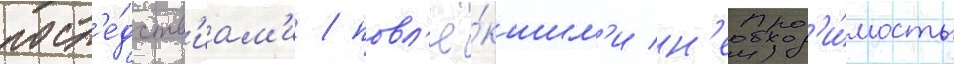
посл'е́дств'иам'и / повл'ё́кшим'и н'еобход'и́мость